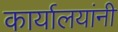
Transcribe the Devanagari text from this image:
कार्यालयांनी